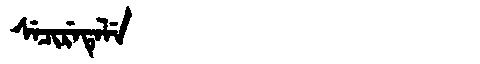
Manchu: ᠰᡝᠴᡳᡵᡝᡨᡝᠯᡝ
Romanization: SECIRETELE